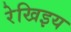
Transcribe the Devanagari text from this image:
रेखिइय